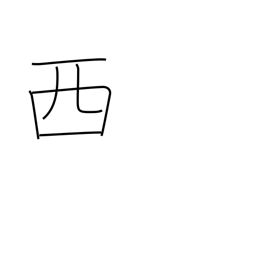
Meaning: Spain